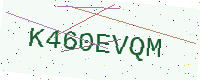
Text: K460EVQM